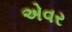
એવર